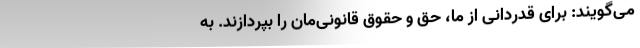
می‌گویند: برای قدردانی از ما، حق و حقوق قانونی‌مان را بپردازند. به